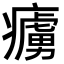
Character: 𤺿